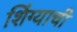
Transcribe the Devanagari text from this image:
शिंग्याची